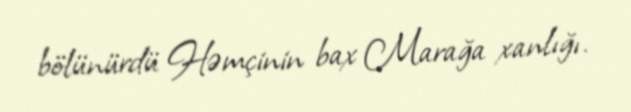
bölünürdü Həmçinin bax Marağa xanlığı.